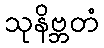
သုနိဗ္ဘတံ